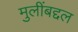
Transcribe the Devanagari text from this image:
मुलींबद्दल